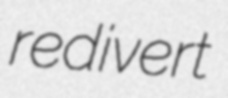
redivert